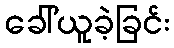
ခေါ်ယူခဲ့ခြင်း